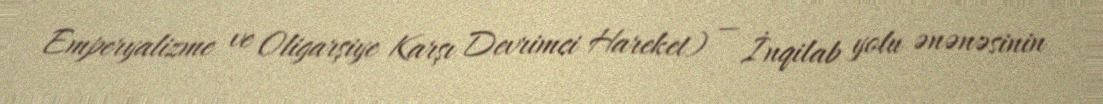
Emperyalizme ve Oligarşiye Karşı Devrimci Hareket) — İnqilab yolu ənənəsinin